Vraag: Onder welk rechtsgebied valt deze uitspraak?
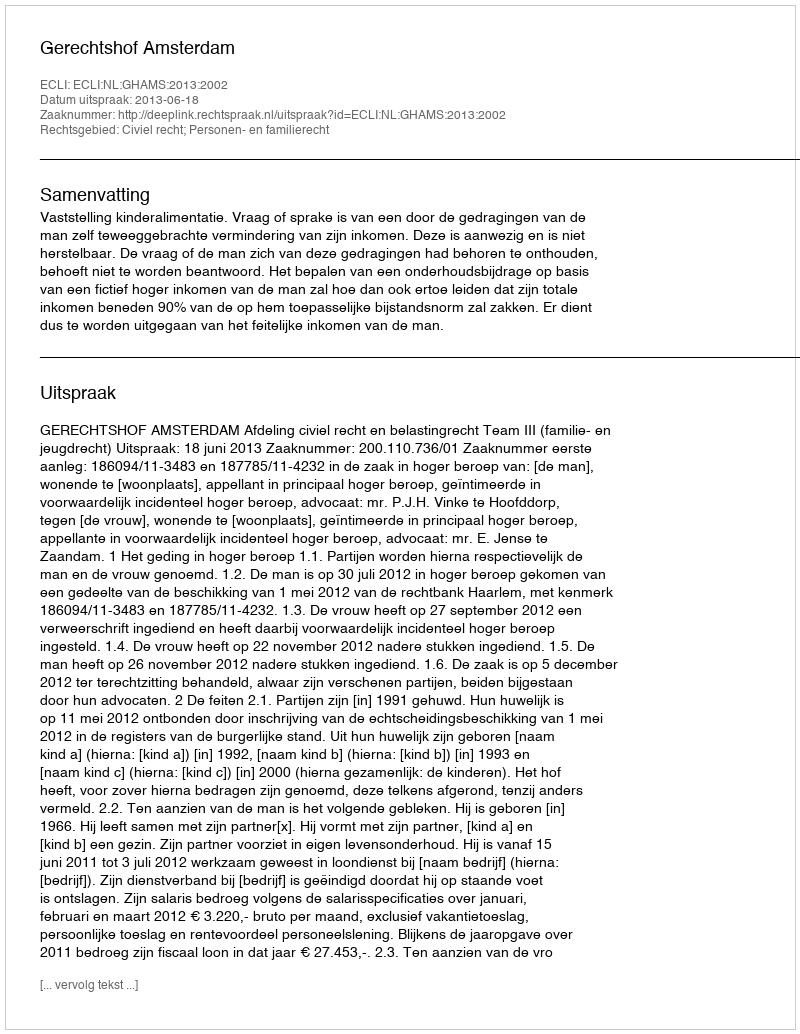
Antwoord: Civiel recht; Personen- en familierecht